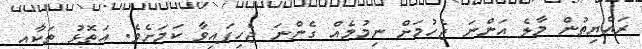
ރައްޔިތުން މާލެ އަންނަ ޖެހުމަށް ނިމުމެއް ގެންނަ ޖެހިފައިވާ ކަމަށެވެ. އަތޮޅު ތަކާއި